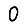
Digit: 0